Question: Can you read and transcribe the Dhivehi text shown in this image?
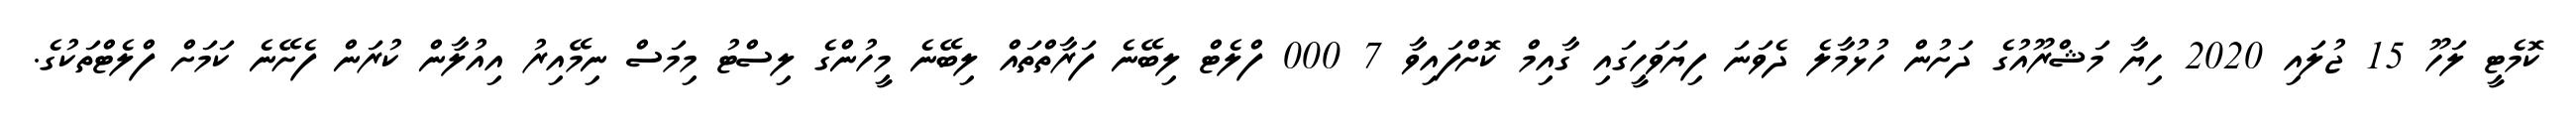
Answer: ކޮމެޓީ ލަހޫ 15 ޖުލައި 2020 ހިޔާ މަޝްރޫއުގެ ދަށުން ހުޅުމާލެ ދެވަނަ ފިޔަވަހީގައި ގާއިމް ކޮށްފައިވާ 7 000 ފްލެޓް ލިބޭނެ ފަރާތްތައް ލިބޭނެ މީހުންގެ ލިސްޓު މިމަސް ނިމޭއިރު އިއުލާން ކުރަން ފެށޭނެ ކަމަށް ފްލެޓްތަކުގެ.